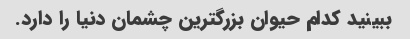
ببینید کدام حیوان بزرگترین چشمان دنیا را دارد.